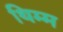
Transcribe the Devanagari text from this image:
थिम्म